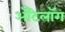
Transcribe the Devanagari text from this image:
अँटिलॉग